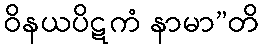
ဝိနယပိဋကံ နာမာ”တိ